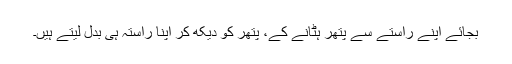
بجائے اپنے راستے سے پتھر ہٹانے کے، پتھر کو دیکھ کر اپنا راستہ ہی بدل لیتے ہیں۔